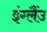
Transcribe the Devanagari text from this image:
इंग्लैंउ